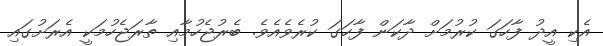
އެކި އީދު ފާހަގަ ކުރުމަށް ދާކަން ފާހަގަ ކުރެވެއެވެ. ބެރުޖެހުމާއި ތާރަޖެހުމަކީ އެރަށުގައި